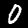
Digit: 0